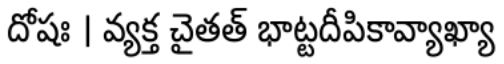
దోషః । వ్యక్త చైతత్ భాట్టదీపికావ్యాఖ్యా